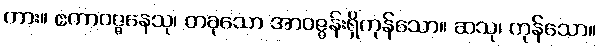
ကား။ ဧကာဝဇ္ဇနေသု၊ တခုသော အာဝဇ္ဇန်းရှိကုန်သော။ ဆသု၊ ကုန်သော။